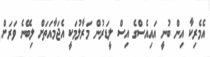
އެމެރިކާ އިން ބުނީ އައިއެސްގެ އިސް ލީޑަރުން މަރާލުމަކީ އެޖަމާއަތަށް ލިބޭނެ ވަރަށް